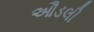
ઔડલી